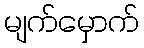
မျက်မှောက်